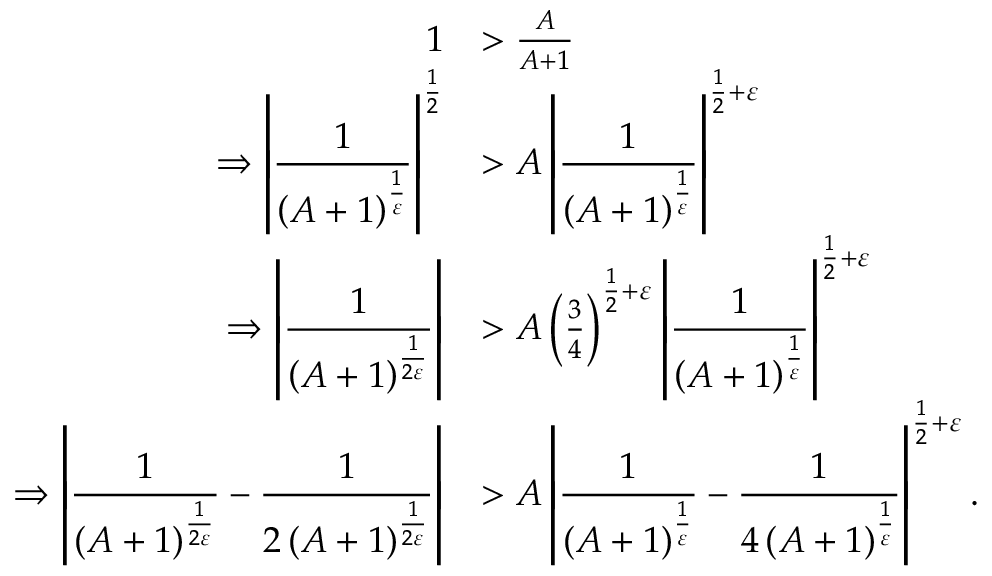
\begin{array} { r l } { 1 } & { > \frac { A } { A + 1 } } \\ { \Rightarrow \displaystyle \left\lvert \frac { 1 } { \left( A + 1 \right) ^ { \frac { 1 } { \varepsilon } } } \right\rvert ^ { \frac { 1 } { 2 } } } & { > A \displaystyle \left\lvert \frac { 1 } { \left( A + 1 \right) ^ { \frac { 1 } { \varepsilon } } } \right\rvert ^ { \frac { 1 } { 2 } + \varepsilon } } \\ { \Rightarrow \displaystyle \left\lvert \frac { 1 } { \left( A + 1 \right) ^ { \frac { 1 } { 2 \varepsilon } } } \right\rvert } & { > A \left( \frac { 3 } { 4 } \right) ^ { \frac { 1 } { 2 } + \varepsilon } \displaystyle \left\lvert \frac { 1 } { \left( A + 1 \right) ^ { \frac { 1 } { \varepsilon } } } \right\rvert ^ { \frac { 1 } { 2 } + \varepsilon } } \\ { \Rightarrow \displaystyle \left\lvert \frac { 1 } { \left( A + 1 \right) ^ { \frac { 1 } { 2 \varepsilon } } } - \frac { 1 } { 2 \left( A + 1 \right) ^ { \frac { 1 } { 2 \varepsilon } } } \right\rvert } & { > A \displaystyle \left\lvert \frac { 1 } { \left( A + 1 \right) ^ { \frac { 1 } { \varepsilon } } } - \frac { 1 } { 4 \left( A + 1 \right) ^ { \frac { 1 } { \varepsilon } } } \right\rvert ^ { \frac { 1 } { 2 } + \varepsilon } . } \end{array}